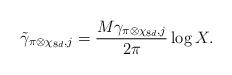
LaTeX: \begin{align*} \tilde{\gamma}_{\pi \otimes \chi_{8d}, j}= \frac{M\gamma_{\pi \otimes \chi_{8d}, j}}{2 \pi} \log X.\end{align*}